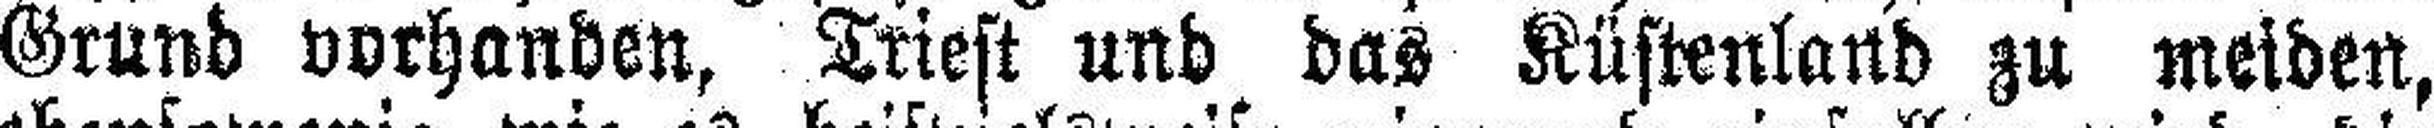
Grund vorhanden, Triest und das Küstenland zu meiden,